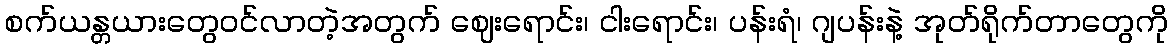
စက်ယန္တယားတွေဝင်လာတဲ့အတွက် ဈေးရောင်း၊ ငါးရောင်း၊ ပန်းရံ၊ ဂျပန်းနဲ့ အုတ်ရိုက်တာတွေကို